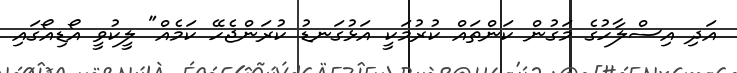
އަދި އިސްލާހުގެ މަގުން ކަންތައް ކުރުމަކީ އަޅުގަނޑު ކުރަންޖެހޭ ކަމެއް" ލީކުވީ އޯޑިއޯގައި